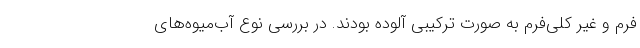
فرم و غیر کلی‌فرم به صورت ترکیبی آلوده بودند. در بررسی نوع آب‌میوه‌های